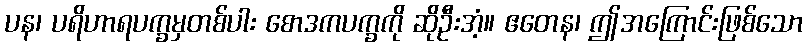
ပန၊ ပရိဟာရပက္ခမှတစ်ပါး စောဒကပက္ခကို ဆိုဦးအံ့။ ဧတေန၊ ဤအကြောင်းဖြစ်သော